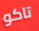
تاكو